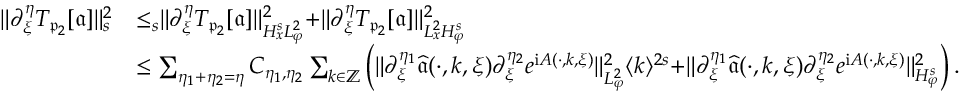
\begin{array} { r l } { \rVert \partial _ { \xi } ^ { \eta } T _ { \mathfrak { p } _ { 2 } } [ \mathfrak { a } ] \rVert _ { s } ^ { 2 } } & { \le _ { s } \rVert \partial _ { \xi } ^ { \eta } T _ { \mathfrak { p } _ { 2 } } [ \mathfrak { a } ] \rVert _ { H _ { x } ^ { s } L _ { \varphi } ^ { 2 } } ^ { 2 } + \rVert \partial _ { \xi } ^ { \eta } T _ { \mathfrak { p } _ { 2 } } [ \mathfrak { a } ] \rVert _ { L _ { x } ^ { 2 } H _ { \varphi } ^ { s } } ^ { 2 } } \\ & { \le \sum _ { \eta _ { 1 } + \eta _ { 2 } = \eta } C _ { \eta _ { 1 } , \eta _ { 2 } } \sum _ { k \in \mathbb { Z } } \left( \rVert \partial _ { \xi } ^ { \eta _ { 1 } } \widehat { \mathfrak { a } } ( \cdot , k , \xi ) \partial _ { \xi } ^ { \eta _ { 2 } } e ^ { \mathrm { i } A ( \cdot , k , \xi ) } \rVert _ { L _ { \varphi } ^ { 2 } } ^ { 2 } \langle k \rangle ^ { 2 s } + \rVert \partial _ { \xi } ^ { \eta _ { 1 } } \widehat { \mathfrak { a } } ( \cdot , k , \xi ) \partial _ { \xi } ^ { \eta _ { 2 } } e ^ { \mathrm { i } A ( \cdot , k , \xi ) } \rVert _ { H _ { \varphi } ^ { s } } ^ { 2 } \right) . } \end{array}